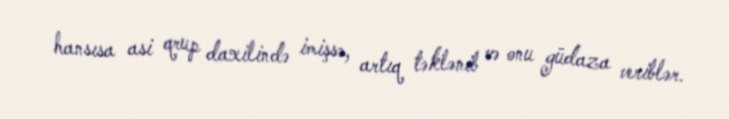
hansısa asi qrup daxilində imişsə, artıq təklənib və onu güdaza veriblər.